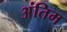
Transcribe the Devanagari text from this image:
अंतिम